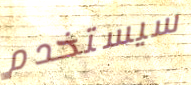
سيستخدم